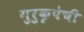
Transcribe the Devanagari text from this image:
गुरुकृपेची